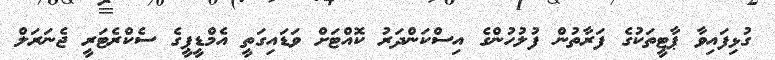
ގުޅިފައިވާ ޕާޓީތަކުގެ ފަރާތުން ފުލުހުންގެ އިސްކަންދަރު ކޮއްޓަށް ވަޑައިގަތީ އެމްޑީޕީގެ ސެކްރެޓަރީ ޖެނަރަލް